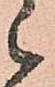
候